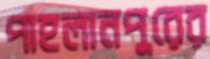
পাহলানপুরের